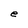
Character: e